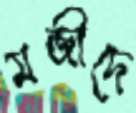
মজীদে